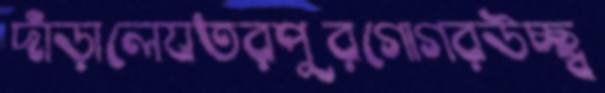
দাঁড়ালেযতরপুরগোগরউচ্ছ্ব